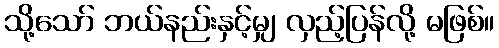
သို့သော် ဘယ်နည်းနှင့်မျှ လှည့်ပြန်လို့ မဖြစ်။